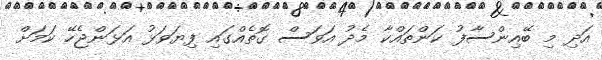
އަދި މި ބޭއިންސާފު ކަންތައްކާ މެދު އަވަސް ގޮތެއްގައި ފިޔަވަޅު އަޅަންޖެހޭ ކަމަށް